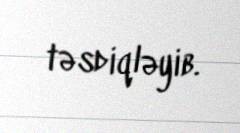
təsdiqləyib.